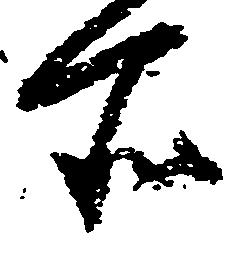
所